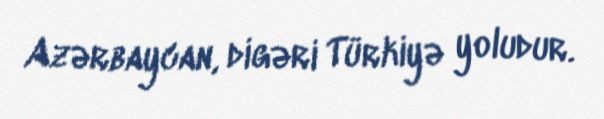
Azərbaycan, digəri Türkiyə yoludur.